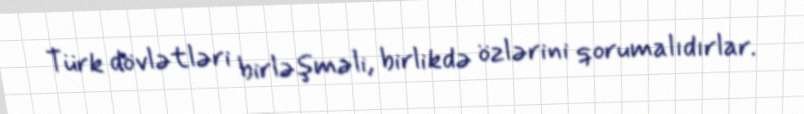
Türk dövlətləri birləşməli, birlikdə özlərini qorumalıdırlar.